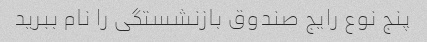
پنج نوع رایج صندوق بازنشستگی را نام ببرید